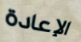
الإعادة